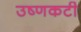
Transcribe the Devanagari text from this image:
उष्णकटी